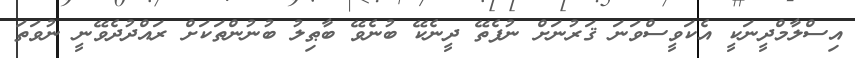
އިސްލާމްދީނަކީ އެކަވީސްވަނަ ޤަރުނަށް ނުފެތޭ ދީނެކޭ ބުނެވޭ ބާޠިލު ބުނުންތަކަށް ރައްދުދެވޭނީ ނުވަތަ